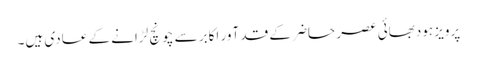
پرویز ہودبھائی عصر حاضر کے قد آور اکابر سے چونچ لڑانے کے عادی ہیں۔